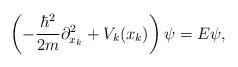
LaTeX: \begin{align*}\left(-{{\hbar^2}\over {2m}}\partial_{x_k}^2+V_k(x_k)\right)\psi=E\psi,\end{align*}